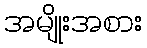
အမျိုးအစား